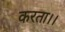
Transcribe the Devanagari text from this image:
करता।।